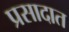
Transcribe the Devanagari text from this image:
प्रसादात